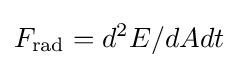
F_{\rm {rad}}=d^{2}E/dAdt